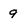
Character: 9